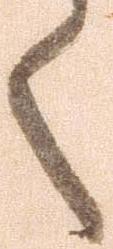
く